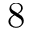
8